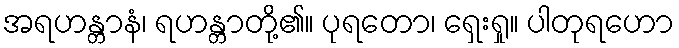
အရဟန္တာနံ၊ ရဟန္တာတို့၏။ ပုရတော၊ ရှေးရှု။ ပါတုရဟော